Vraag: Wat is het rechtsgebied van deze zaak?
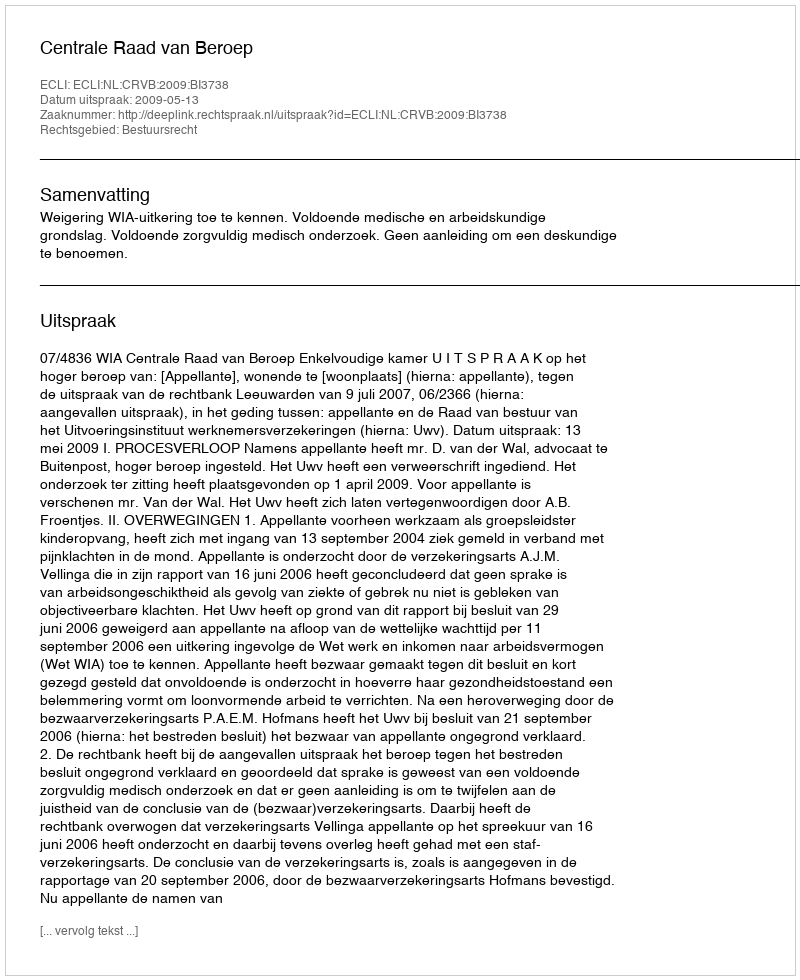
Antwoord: Bestuursrecht